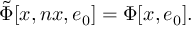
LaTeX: \tilde { \Phi } \lbrack x , n x , e \sb { 0 } \rbrack = \Phi \lbrack x , e \sb { 0 } \rbrack .